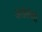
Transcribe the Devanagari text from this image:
अडेलेयी